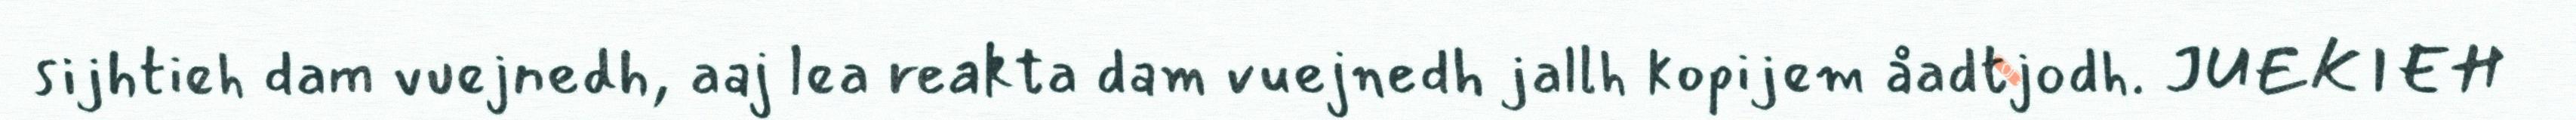
sijhtieh dam vuejnedh, aaj lea reakta dam vuejnedh jallh kopijem åadtjodh. JUEKIEH